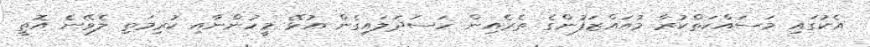
އެކުގައި މަސައްކަތްކުރާ މުއައްޒަފުންގެ ތެރެއިން ހަސަދަލައިގެން އުޅޭ މީހުންނާއި ކުރިމަތި ލެވޭނެ އޮތީ